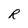
Character: R